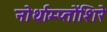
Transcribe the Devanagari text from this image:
नोर्थाम्प्तोंशिरे